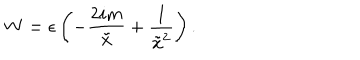
W = \epsilon \left( - \frac { 2 i m } { \tilde { x } } + \frac { 1 } { \tilde { x } ^ { 2 } } \right) .